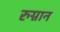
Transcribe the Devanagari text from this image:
रुग्नान